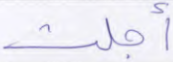
أجلت